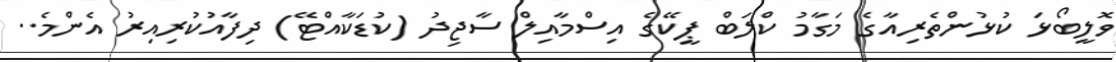
ވޮލީބޯޅަ ކުޅުންތެރިއާގެ މަގާމު ކްލަބް ޕީކޭގެ އިސްމާއިލް ސާޖިދު (ކުޑަކާއްޓޭ) ދިފާއުކުރިއިރު އެންމެ..